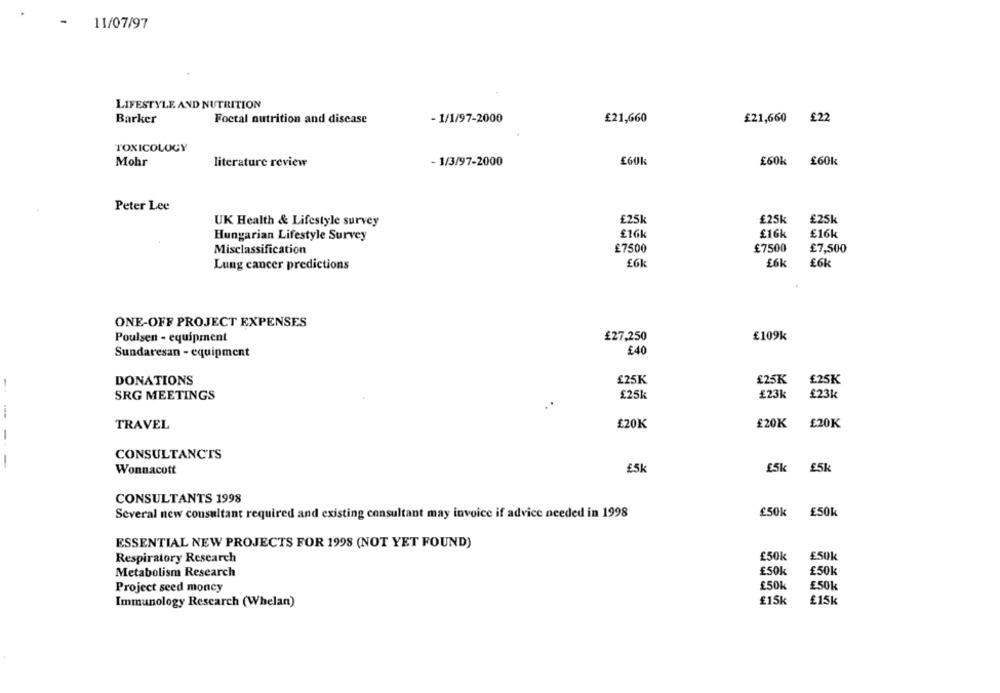
11/07/97
LIFESTYLE AND NUTRITION
Barker
Foctal nutrition and disease
- 1/1/97-2000
£21,660
£21,660 £22
TOXICOLOGY
Mohr
literature review
- 1/3/97-2000
£60k
£60k £60k
Peter Lee
UK Health & Lifestyle survey
£25k
£25k
£25k
£16k
£16k
£16k
Hungarian Lifestyle Survey
Misclassification
£7500
£7500
£7,500
£Ok
£6k
Lung cancer predictions
£6k
ONE-OFF PROJECT EXPENSES
Poulsen - equipment
£27,250
£109k
Sundaresan - equipment
£40
DONATIONS
£25K
£25K
£25K
£25k
£23k
£23k
SRG MEETINGS
£20K
TRAVEL
£20K
£20K
-
CONSULTANCTS
-
Wonnacott
£5k
£5k
£5k
CONSULTANTS 1998
£50k
£50k
Several new consultant required and existing consultant may invoice if advice needed in 1998
ESSENTIAL NEW PROJECTS FOR 1998 (NOT YET FOUND)
Respiratory Research
£50k
£50k
Metabolism Research
£50k
£50k
Project seed moncy
£50k
£50k
£15k
£15k
Immunology Research (Whelan)